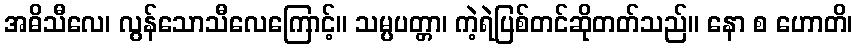
အဓိသီလေ၊ လွန်သောသီလေကြောင့်။ သမ္ပပတ္တာ၊ ကဲ့ရဲပြစ်တင်ဆိုတတ်သည်။ နော စ ဟောတိ၊